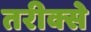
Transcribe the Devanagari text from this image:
तरीक्से